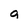
Character: a